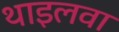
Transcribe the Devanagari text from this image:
थाइलवा